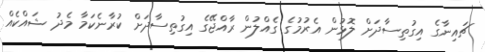
ޗައިނާގެ އިގުތިސާދަށް ލޮޅުން އެެރުމުގެ ގެއްލުން ރާއްޖޭގެ އިގުތިސާދަށް ކުރާނެކަމާ މެދު ޝައްކެއް